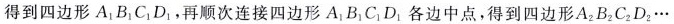
得到四边形A_{1}B_{1}C_{1}D_{1}，再顺次连接四边形A_{1}B_{1}C_{1}D_{1}各边中点，得到四边形A_{2}B_{2}C_{2}D_{2}…